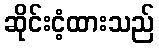
ဆိုင်းငံ့ထားသည်